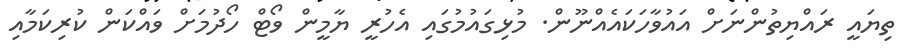
ތިޔައީ ރައްޔިތުންނަށް އައުވާހަކައެއްނޫން. މުޅިގައުމުގައި އެހުރީ ޔާމީން ވޯޓް ހޯދުމަށް ވައްކަން ކުރިކަމާއި